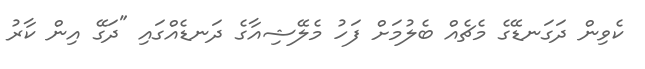
ކެވިން ދަގަނޑޭގެ މެޗެއް ބެލުމަށް ފަހު މެލޭޝިއާގެ ދަނޑެއްގައި "ދަގޭ އިން ކާރު